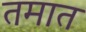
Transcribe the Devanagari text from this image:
तमात